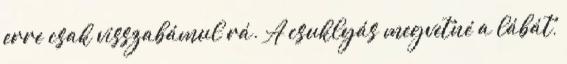
erre csak visszabámul rá. A csuklyás megvetné a lábát,